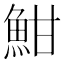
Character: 魽